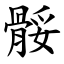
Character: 骽